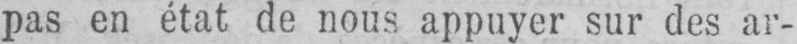
pas en état de nous appuyer sur des ar-